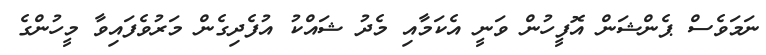
ނަމަވެސް ޕެންޝަން އޮފީހުން ވަނީ އެކަމާއި މެދު ޝައްކު އުފެދިގެން މަރުވެފައިވާ މީހުންގެ